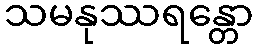
သမနုဿရန္တော